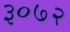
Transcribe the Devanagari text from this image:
३०७२